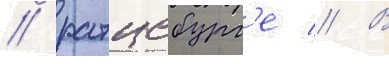
/ ратцебург'е // В